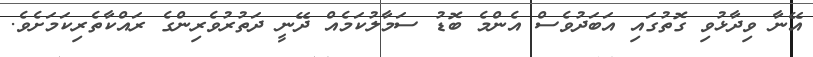
އޭނާ ވިދާޅުވި ގޮތުގައި އަބަދުވެސް އެންމެ ބޮޑު ސަމާލުކަމެއް ދޭނީ ދަތުރުވެރިންގެ ރައްކާތެރިކަމަށެވެ.